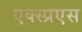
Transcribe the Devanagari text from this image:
एक्स्प्रएस